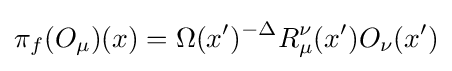
\pi _{f}(O_{\mu })(x)=\Omega (x')^{-\Delta }R_{\mu }^{\nu }(x')O_{\nu }(x')